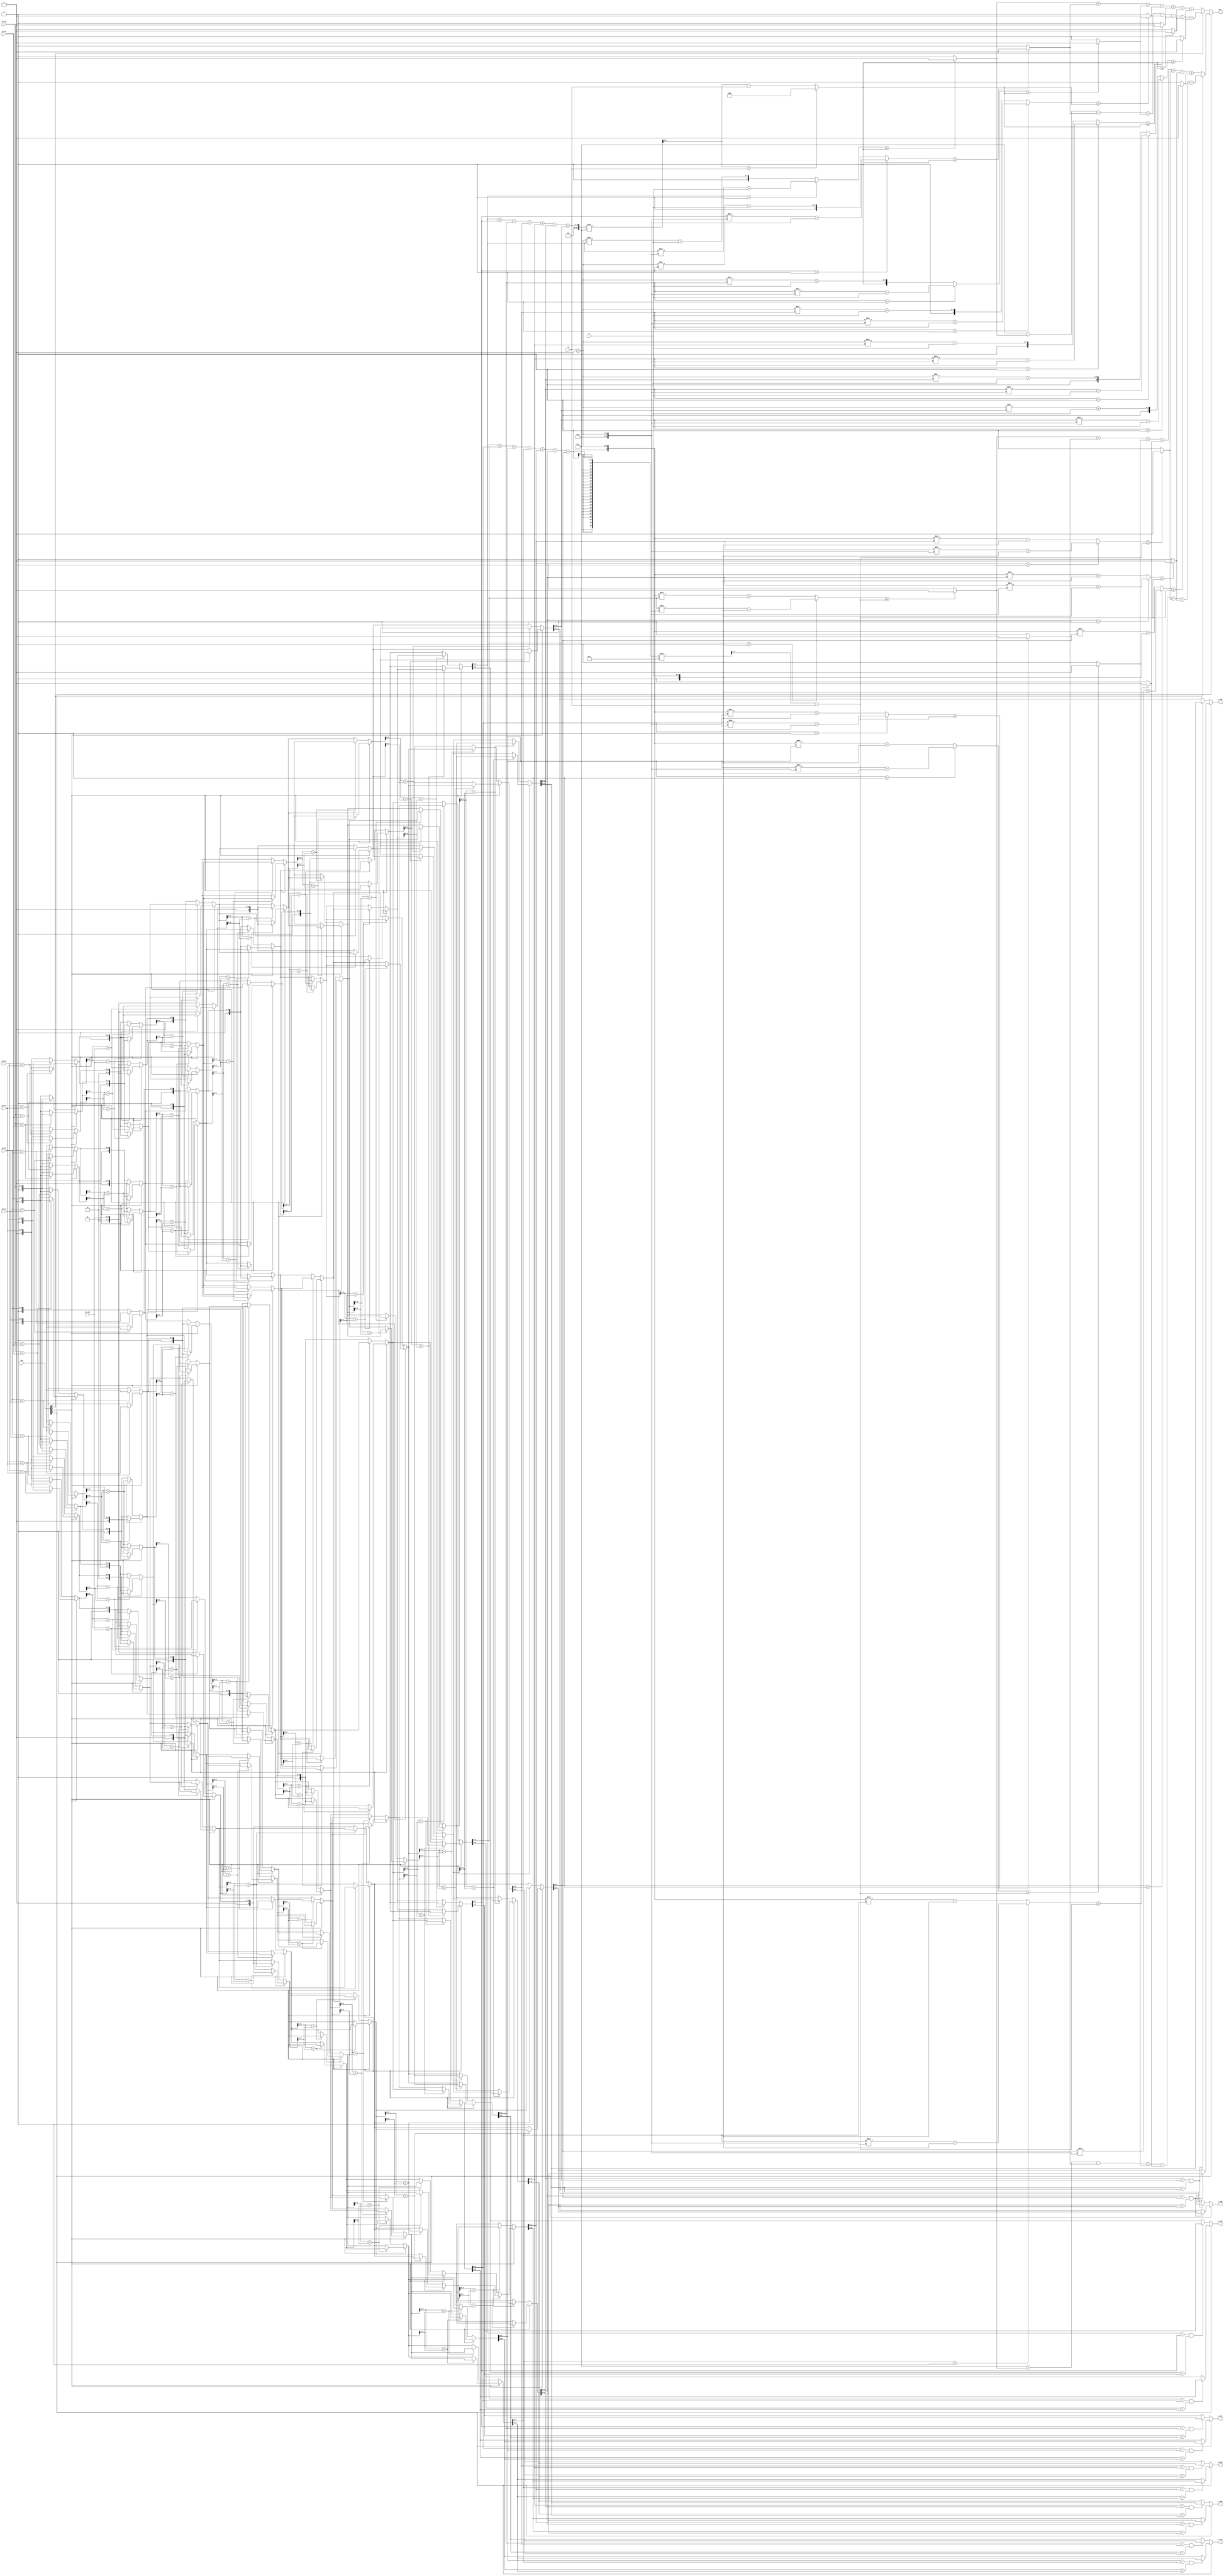
module CC(
  in_s0,
  in_s1,
  in_s2,
  in_s3,
  in_s4,
  in_s5,
  in_s6,
  opt,
  a,
  b,
  s_id0,
  s_id1,
  s_id2,
  s_id3,
  s_id4,
  s_id5,
  s_id6,
  out

);
input [3:0]in_s0;
input [3:0]in_s1;
input [3:0]in_s2;
input [3:0]in_s3;
input [3:0]in_s4;
input [3:0]in_s5;
input [3:0]in_s6;
input [2:0]opt;
input [1:0]a;
input [2:0]b;
output [2:0] s_id0;
output [2:0] s_id1;
output [2:0] s_id2;
output [2:0] s_id3;
output [2:0] s_id4;
output [2:0] s_id5;
output [2:0] s_id6;
output [2:0] out; 
//==================================================================
// reg & wire
//==================================================================
wire signed [6:0] s0,s1,s2,s3,s4,s5,s6;
wire signed [6:0] z0,z1,z2,z3,z4,z5,z6;
wire signed [6:0] y0,y1,y2,y3,y4,y5,y6;
wire signed [6:0] x0,x1,x2,x3,x4,x5,x6;
wire signed [6:0] w0,w1,w2,w3,w4,w5,w6;
wire signed [6:0] v0,v1,v2,v3,v4,v5,v6;
wire signed [6:0] u0,u1,u2,u3,u4,u5,u6;
wire signed [6:0] t0,t1,t2,t3,t4,t5,t6;

wire signed [3:0] c0_s0,c1_s0,c2_s0,c3_s0,c4_s0,c5_s0,c6_s0;
wire signed [3:0] c0_s1,c1_s1,c2_s1,c3_s1,c4_s1,c5_s1,c6_s1;
wire signed [3:0] c0_s2,c1_s2,c2_s2,c3_s2,c4_s2,c5_s2,c6_s2;
wire signed [3:0] c0_s3,c1_s3,c2_s3,c3_s3,c4_s3,c5_s3,c6_s3;
wire signed [3:0] c0_s4,c1_s4,c2_s4,c3_s4,c4_s4,c5_s4,c6_s4;
wire signed [3:0] c0_s5,c1_s5,c2_s5,c3_s5,c4_s5,c5_s5,c6_s5;
wire signed [3:0] c0_s6,c1_s6,c2_s6,c3_s6,c4_s6,c5_s6,c6_s6;
wire signed [3:0] c0_s7,c1_s7,c2_s7,c3_s7,c4_s7,c5_s7,c6_s7;
wire signed [8:0] lt0,lt1,lt2,lt3,lt4,lt5,lt6;

wire  [6:0] u_s0,u_s1,u_s2,u_s3,u_s4,u_s5,u_s6;
wire  [6:0] u_z0,u_z1,u_z2,u_z3,u_z4,u_z5,u_z6;
wire  [6:0] u_y0,u_y1,u_y2,u_y3,u_y4,u_y5,u_y6;
wire  [6:0] u_x0,u_x1,u_x2,u_x3,u_x4,u_x5,u_x6;
wire  [6:0] u_w0,u_w1,u_w2,u_w3,u_w4,u_w5,u_w6;
wire  [6:0] u_v0,u_v1,u_v2,u_v3,u_v4,u_v5,u_v6;
wire  [6:0] u_u0,u_u1,u_u2,u_u3,u_u4,u_u5,u_u6;
wire  [6:0] u_t0,u_t1,u_t2,u_t3,u_t4,u_t5,u_t6;

wire [3:0] c0_us0,c1_us0,c2_us0,c3_us0,c4_us0,c5_us0,c6_us0;
wire [3:0] c0_us1,c1_us1,c2_us1,c3_us1,c4_us1,c5_us1,c6_us1;
wire [3:0] c0_us2,c1_us2,c2_us2,c3_us2,c4_us2,c5_us2,c6_us2;
wire [3:0] c0_us3,c1_us3,c2_us3,c3_us3,c4_us3,c5_us3,c6_us3;
wire [3:0] c0_us4,c1_us4,c2_us4,c3_us4,c4_us4,c5_us4,c6_us4;
wire [3:0] c0_us5,c1_us5,c2_us5,c3_us5,c4_us5,c5_us5,c6_us5;
wire [3:0] c0_us6,c1_us6,c2_us6,c3_us6,c4_us6,c5_us6,c6_us6;
wire [3:0] c0_us7,c1_us7,c2_us7,c3_us7,c4_us7,c5_us7,c6_us7;
wire [8:0] u_lt0,u_lt1,u_lt2,u_lt3,u_lt4,u_lt5,u_lt6;

wire  [5:0] u_avg;
wire  [5:0] u_ps;

wire [6:0] a_u;
wire [4:0] b_u;

wire signed [3:0] neg_0,neg_1,neg_2,neg_3,neg_4,neg_5,neg_6;
wire signed [4:0] avg,ps;

wire signed [6:0] a_s;
wire signed [4:0] b_s;

wire [2:0] u_sid0,u_sid1,u_sid2,u_sid3,u_sid4,u_sid5,u_sid6;
wire [2:0] u_r0,u_r1,u_r2,u_r3,u_r4,u_r5,u_r6;

wire u_pf0,u_pf1,u_pf2,u_pf3,u_pf4,u_pf5,u_pf6;
wire [3:0] u_count;

wire [2:0] sid0,sid1,sid2,sid3,sid4,sid5,sid6;
wire [2:0] r0,r1,r2,r3,r4,r5,r6;

wire pf0,pf1,pf2,pf3,pf4,pf5,pf6;
wire [3:0]count; 

//==================================================================
// design
//==================================================================
assign neg_0 = in_s0; 
assign neg_1 = in_s1; 
assign neg_2 = in_s2; 
assign neg_3 = in_s3; 
assign neg_4 = in_s4; 
assign neg_5 = in_s5; 
assign neg_6 = in_s6; 

assign c0_s0 = (opt[0] && in_s0[3])?(neg_0):(in_s0);
assign c1_s0 = (opt[0] && in_s1[3])?(neg_1):(in_s1);
assign c2_s0 = (opt[0] && in_s2[3])?(neg_2):(in_s2);
assign c3_s0 = (opt[0] && in_s3[3])?(neg_3):(in_s3);
assign c4_s0 = (opt[0] && in_s4[3])?(neg_4):(in_s4);
assign c5_s0 = (opt[0] && in_s5[3])?(neg_5):(in_s5);
assign c6_s0 = (opt[0] && in_s6[3])?(neg_6):(in_s6);

assign s0 = {3'b000,c0_s0};
assign s1 = {3'b001,c1_s0};
assign s2 = {3'b010,c2_s0};
assign s3 = {3'b011,c3_s0};
assign s4 = {3'b100,c4_s0};
assign s5 = {3'b101,c5_s0};
assign s6 = {3'b110,c6_s0};

assign c0_s1 = z0[3:0];
assign c1_s1 = z1[3:0];
assign c2_s1 = z2[3:0];
assign c3_s1 = z3[3:0];
assign c4_s1 = z4[3:0];
assign c5_s1 = z5[3:0];
assign c6_s1 = z6[3:0];

assign c0_s2 = y0[3:0];
assign c1_s2 = y1[3:0];
assign c2_s2 = y2[3:0];
assign c3_s2 = y3[3:0];
assign c4_s2 = y4[3:0];
assign c5_s2 = y5[3:0];
assign c6_s2 = y6[3:0];

assign c0_s3 = x0[3:0];
assign c1_s3 = x1[3:0];
assign c2_s3 = x2[3:0];
assign c3_s3 = x3[3:0];
assign c4_s3 = x4[3:0];
assign c5_s3 = x5[3:0];
assign c6_s3 = x6[3:0];

assign c0_s4 = w0[3:0];
assign c1_s4 = w1[3:0];
assign c2_s4 = w2[3:0];
assign c3_s4 = w3[3:0];
assign c4_s4 = w4[3:0];
assign c5_s4 = w5[3:0];
assign c6_s4 = w6[3:0];

assign c0_s5 = v0[3:0];
assign c1_s5 = v1[3:0];
assign c2_s5 = v2[3:0];
assign c3_s5 = v3[3:0];
assign c4_s5 = v4[3:0];
assign c5_s5 = v5[3:0];
assign c6_s5 = v6[3:0];

assign c0_s6 = u0[3:0];
assign c1_s6 = u1[3:0];
assign c2_s6 = u2[3:0];
assign c3_s6 = u3[3:0];
assign c4_s6 = u4[3:0];
assign c5_s6 = u5[3:0];
assign c6_s6 = u6[3:0];

assign c0_s7 = t0[3:0];
assign c1_s7 = t1[3:0];
assign c2_s7 = t2[3:0];
assign c3_s7 = t3[3:0];
assign c4_s7 = t4[3:0];
assign c5_s7 = t5[3:0];
assign c6_s7 = t6[3:0];

assign sid0 = t0[6:4];
assign sid1 = t1[6:4];
assign sid2 = t2[6:4];
assign sid3 = t3[6:4];
assign sid4 = t4[6:4];
assign sid5 = t5[6:4];
assign sid6 = t6[6:4];

assign r0 = ((c0_s7 == c1_s7)&&(sid0 > sid1))?(sid1):(sid0);
assign r1 = ((c1_s7 == c2_s7)&&(sid1 > sid2))?(sid2):(sid1);
assign r2 = ((c2_s7 == c3_s7)&&(sid2 > sid3))?(sid3):(sid2);
assign r3 = ((c3_s7 == c4_s7)&&(sid3 > sid4))?(sid4):(sid3);
assign r4 = ((c4_s7 == c5_s7)&&(sid4 > sid5))?(sid5):(sid4);
assign r5 = ((c5_s7 == c6_s7)&&(sid5 > sid6))?(sid6):(sid5);
assign r6 = ((c5_s7 == c6_s7)&&(sid5 > sid6))?(sid5):(sid6);

assign avg = (c0_s7 + c1_s7 + c2_s7 + c3_s7 + c4_s7 + c5_s7 + c6_s7) / 7;
assign ps = avg - a;

assign a_s = a + 1;
assign b_s = b;

assign lt0 = (c0_s7 < 0)?((c0_s7/a_s)+b_s):((a_s*c0_s7)+b_s);
assign lt1 = (c1_s7 < 0)?((c1_s7/a_s)+b_s):((a_s*c1_s7)+b_s);
assign lt2 = (c2_s7 < 0)?((c2_s7/a_s)+b_s):((a_s*c2_s7)+b_s);
assign lt3 = (c3_s7 < 0)?((c3_s7/a_s)+b_s):((a_s*c3_s7)+b_s);
assign lt4 = (c4_s7 < 0)?((c4_s7/a_s)+b_s):((a_s*c4_s7)+b_s);
assign lt5 = (c5_s7 < 0)?((c5_s7/a_s)+b_s):((a_s*c5_s7)+b_s);
assign lt6 = (c6_s7 < 0)?((c6_s7/a_s)+b_s):((a_s*c6_s7)+b_s);

assign pf0 = (lt0 >= ps)?1:0;
assign pf1 = (lt1 >= ps)?1:0;
assign pf2 = (lt2 >= ps)?1:0;
assign pf3 = (lt3 >= ps)?1:0;
assign pf4 = (lt4 >= ps)?1:0;
assign pf5 = (lt5 >= ps)?1:0;
assign pf6 = (lt6 >= ps)?1:0;

assign count = (opt[2]== 0) ? (pf0 + pf1 + pf2 + pf3 + pf4 + pf5 + pf6):(7 - pf0 - pf1 - pf2 - pf3 - pf4 - pf5 - pf6); 


assign z0 = (opt[1] == 0) ? ((c0_s0 > c1_s0) ? s1 : s0 ): ((c0_s0 < c1_s0) ? s1 : s0 );
assign z1 = (opt[1] == 0) ? ((c0_s0 > c1_s0) ? s0 : s1 ): ((c0_s0 < c1_s0) ? s0 : s1 );
assign z2 = (opt[1] == 0) ? ((c2_s0 > c3_s0) ? s3 : s2 ): ((c2_s0 < c3_s0) ? s3 : s2 );
assign z3 = (opt[1] == 0) ? ((c2_s0 > c3_s0) ? s2 : s3 ): ((c2_s0 < c3_s0) ? s2 : s3 );
assign z4 = (opt[1] == 0) ? ((c4_s0 > c5_s0) ? s5 : s4 ): ((c4_s0 < c5_s0) ? s5 : s4 );
assign z5 = (opt[1] == 0) ? ((c4_s0 > c5_s0) ? s4 : s5 ): ((c4_s0 < c5_s0) ? s4 : s5 );
assign z6 = s6;

assign y0 = z0;
assign y1 = (opt[1] == 0) ? ((c1_s1 > c2_s1) ? z2 : z1 ): ((c1_s1 < c2_s1) ? z2 : z1 );
assign y2 = (opt[1] == 0) ? ((c1_s1 > c2_s1) ? z1 : z2 ): ((c1_s1 < c2_s1) ? z1 : z2 );
assign y3 = (opt[1] == 0) ? ((c3_s1 > c4_s1) ? z4 : z3 ): ((c3_s1 < c4_s1) ? z4 : z3 );
assign y4 = (opt[1] == 0) ? ((c3_s1 > c4_s1) ? z3 : z4 ): ((c3_s1 < c4_s1) ? z3 : z4 );
assign y5 = (opt[1] == 0) ? ((c5_s1 > c6_s1) ? z6 : z5 ): ((c5_s1 < c6_s1) ? z6 : z5 );
assign y6 = (opt[1] == 0) ? ((c5_s1 > c6_s1) ? z5 : z6 ): ((c5_s1 < c6_s1) ? z5 : z6 );

assign x0 = (opt[1] == 0) ? ((c0_s2 > c1_s2) ? y1 : y0 ): ((c0_s2 < c1_s2) ? y1 : y0 );
assign x1 = (opt[1] == 0) ? ((c0_s2 > c1_s2) ? y0 : y1 ): ((c0_s2 < c1_s2) ? y0 : y1 );
assign x2 = (opt[1] == 0) ? ((c2_s2 > c3_s2) ? y3 : y2 ): ((c2_s2 < c3_s2) ? y3 : y2 );
assign x3 = (opt[1] == 0) ? ((c2_s2 > c3_s2) ? y2 : y3 ): ((c2_s2 < c3_s2) ? y2 : y3 );
assign x4 = (opt[1] == 0) ? ((c4_s2 > c5_s2) ? y5 : y4 ): ((c4_s2 < c5_s2) ? y5 : y4 );
assign x5 = (opt[1] == 0) ? ((c4_s2 > c5_s2) ? y4 : y5 ): ((c4_s2 < c5_s2) ? y4 : y5 );
assign x6 = y6;

assign w0 = x0;
assign w1 = (opt[1] == 0) ? ((c1_s3 > c2_s3) ? x2 : x1 ): ((c1_s3 < c2_s3) ? x2 : x1 );
assign w2 = (opt[1] == 0) ? ((c1_s3 > c2_s3) ? x1 : x2 ): ((c1_s3 < c2_s3) ? x1 : x2 );
assign w3 = (opt[1] == 0) ? ((c3_s3 > c4_s3) ? x4 : x3 ): ((c3_s3 < c4_s3) ? x4 : x3 );
assign w4 = (opt[1] == 0) ? ((c3_s3 > c4_s3) ? x3 : x4 ): ((c3_s3 < c4_s3) ? x3 : x4 );
assign w5 = (opt[1] == 0) ? ((c5_s3 > c6_s3) ? x6 : x5 ): ((c5_s3 < c6_s3) ? x6 : x5 );
assign w6 = (opt[1] == 0) ? ((c5_s3 > c6_s3) ? x5 : x6 ): ((c5_s3 < c6_s3) ? x5 : x6 );

assign v0 = (opt[1] == 0) ? ((c0_s4 > c1_s4) ? w1 : w0 ): ((c0_s4 < c1_s4) ? w1 : w0 );
assign v1 = (opt[1] == 0) ? ((c0_s4 > c1_s4) ? w0 : w1 ): ((c0_s4 < c1_s4) ? w0 : w1 );
assign v2 = (opt[1] == 0) ? ((c2_s4 > c3_s4) ? w3 : w2 ): ((c2_s4 < c3_s4) ? w3 : w2 );
assign v3 = (opt[1] == 0) ? ((c2_s4 > c3_s4) ? w2 : w3 ): ((c2_s4 < c3_s4) ? w2 : w3 );
assign v4 = (opt[1] == 0) ? ((c4_s4 > c5_s4) ? w5 : w4 ): ((c4_s4 < c5_s4) ? w5 : w4 );
assign v5 = (opt[1] == 0) ? ((c4_s4 > c5_s4) ? w4 : w5 ): ((c4_s4 < c5_s4) ? w4 : w5 );
assign v6 = w6;

assign u0 = v0;
assign u1 = (opt[1] == 0) ? ((c1_s5 > c2_s5) ? v2 : v1 ): ((c1_s5 < c2_s5) ? v2 : v1 );
assign u2 = (opt[1] == 0) ? ((c1_s5 > c2_s5) ? v1 : v2 ): ((c1_s5 < c2_s5) ? v1 : v2 );
assign u3 = (opt[1] == 0) ? ((c3_s5 > c4_s5) ? v4 : v3 ): ((c3_s5 < c4_s5) ? v4 : v3 );
assign u4 = (opt[1] == 0) ? ((c3_s5 > c4_s5) ? v3 : v4 ): ((c3_s5 < c4_s5) ? v3 : v4 );
assign u5 = (opt[1] == 0) ? ((c5_s5 > c6_s5) ? v6 : v5 ): ((c5_s5 < c6_s5) ? v6 : v5 );
assign u6 = (opt[1] == 0) ? ((c5_s5 > c6_s5) ? v5 : v6 ): ((c5_s5 < c6_s5) ? v5 : v6 );

assign t0 = (opt[1] == 0) ? ((c0_s6 > c1_s6) ? u1 : u0 ): ((c0_s6 < c1_s6) ? u1 : u0 );
assign t1 = (opt[1] == 0) ? ((c0_s6 > c1_s6) ? u0 : u1 ): ((c0_s6 < c1_s6) ? u0 : u1 );
assign t2 = (opt[1] == 0) ? ((c2_s6 > c3_s6) ? u3 : u2 ): ((c2_s6 < c3_s6) ? u3 : u2 );
assign t3 = (opt[1] == 0) ? ((c2_s6 > c3_s6) ? u2 : u3 ): ((c2_s6 < c3_s6) ? u2 : u3 );
assign t4 = (opt[1] == 0) ? ((c4_s6 > c5_s6) ? u5 : u4 ): ((c4_s6 < c5_s6) ? u5 : u4 );
assign t5 = (opt[1] == 0) ? ((c4_s6 > c5_s6) ? u4 : u5 ): ((c4_s6 < c5_s6) ? u4 : u5 );
assign t6 = u6;


assign c0_us0 = in_s0;
assign c1_us0 = in_s1;
assign c2_us0 = in_s2;
assign c3_us0 = in_s3;
assign c4_us0 = in_s4;
assign c5_us0 = in_s5;
assign c6_us0 = in_s6;

assign u_s0 = {3'b000,c0_us0};
assign u_s1 = {3'b001,c1_us0};
assign u_s2 = {3'b010,c2_us0};
assign u_s3 = {3'b011,c3_us0};
assign u_s4 = {3'b100,c4_us0};
assign u_s5 = {3'b101,c5_us0};
assign u_s6 = {3'b110,c6_us0};

assign c0_us1 = u_z0[3:0];
assign c1_us1 = u_z1[3:0];
assign c2_us1 = u_z2[3:0];
assign c3_us1 = u_z3[3:0];
assign c4_us1 = u_z4[3:0];
assign c5_us1 = u_z5[3:0];
assign c6_us1 = u_z6[3:0];

assign c0_us2 = u_y0[3:0];
assign c1_us2 = u_y1[3:0];
assign c2_us2 = u_y2[3:0];
assign c3_us2 = u_y3[3:0];
assign c4_us2 = u_y4[3:0];
assign c5_us2 = u_y5[3:0];
assign c6_us2 = u_y6[3:0];

assign c0_us3 = u_x0[3:0];
assign c1_us3 = u_x1[3:0];
assign c2_us3 = u_x2[3:0];
assign c3_us3 = u_x3[3:0];
assign c4_us3 = u_x4[3:0];
assign c5_us3 = u_x5[3:0];
assign c6_us3 = u_x6[3:0];

assign c0_us4 = u_w0[3:0];
assign c1_us4 = u_w1[3:0];
assign c2_us4 = u_w2[3:0];
assign c3_us4 = u_w3[3:0];
assign c4_us4 = u_w4[3:0];
assign c5_us4 = u_w5[3:0];
assign c6_us4 = u_w6[3:0];

assign c0_us5 = u_v0[3:0];
assign c1_us5 = u_v1[3:0];
assign c2_us5 = u_v2[3:0];
assign c3_us5 = u_v3[3:0];
assign c4_us5 = u_v4[3:0];
assign c5_us5 = u_v5[3:0];
assign c6_us5 = u_v6[3:0];

assign c0_us6 = u_u0[3:0];
assign c1_us6 = u_u1[3:0];
assign c2_us6 = u_u2[3:0];
assign c3_us6 = u_u3[3:0];
assign c4_us6 = u_u4[3:0];
assign c5_us6 = u_u5[3:0];
assign c6_us6 = u_u6[3:0];

assign c0_us7 = u_t0[3:0];
assign c1_us7 = u_t1[3:0];
assign c2_us7 = u_t2[3:0];
assign c3_us7 = u_t3[3:0];
assign c4_us7 = u_t4[3:0];
assign c5_us7 = u_t5[3:0];
assign c6_us7 = u_t6[3:0];

assign u_sid0 = u_t0[6:4];
assign u_sid1 = u_t1[6:4];
assign u_sid2 = u_t2[6:4];
assign u_sid3 = u_t3[6:4];
assign u_sid4 = u_t4[6:4];
assign u_sid5 = u_t5[6:4];
assign u_sid6 = u_t6[6:4];

assign u_z0 = (opt[1] == 0) ? ((c0_us0 > c1_us0) ? u_s1 : u_s0 ): ((c0_us0 < c1_us0) ? u_s1 : u_s0 );
assign u_z1 = (opt[1] == 0) ? ((c0_us0 > c1_us0) ? u_s0 : u_s1 ): ((c0_us0 < c1_us0) ? u_s0 : u_s1 );
assign u_z2 = (opt[1] == 0) ? ((c2_us0 > c3_us0) ? u_s3 : u_s2 ): ((c2_us0 < c3_us0) ? u_s3 : u_s2 );
assign u_z3 = (opt[1] == 0) ? ((c2_us0 > c3_us0) ? u_s2 : u_s3 ): ((c2_us0 < c3_us0) ? u_s2 : u_s3 );
assign u_z4 = (opt[1] == 0) ? ((c4_us0 > c5_us0) ? u_s5 : u_s4 ): ((c4_us0 < c5_us0) ? u_s5 : u_s4 );
assign u_z5 = (opt[1] == 0) ? ((c4_us0 > c5_us0) ? u_s4 : u_s5 ): ((c4_us0 < c5_us0) ? u_s4 : u_s5 );
assign u_z6 = u_s6;

assign u_y0 = u_z0;
assign u_y1 = (opt[1] == 0) ? ((c1_us1 > c2_us1) ? u_z2 : u_z1 ): ((c1_us1 < c2_us1) ? u_z2 : u_z1 );
assign u_y2 = (opt[1] == 0) ? ((c1_us1 > c2_us1) ? u_z1 : u_z2 ): ((c1_us1 < c2_us1) ? u_z1 : u_z2 );
assign u_y3 = (opt[1] == 0) ? ((c3_us1 > c4_us1) ? u_z4 : u_z3 ): ((c3_us1 < c4_us1) ? u_z4 : u_z3 );
assign u_y4 = (opt[1] == 0) ? ((c3_us1 > c4_us1) ? u_z3 : u_z4 ): ((c3_us1 < c4_us1) ? u_z3 : u_z4 );
assign u_y5 = (opt[1] == 0) ? ((c5_us1 > c6_us1) ? u_z6 : u_z5 ): ((c5_us1 < c6_us1) ? u_z6 : u_z5 );
assign u_y6 = (opt[1] == 0) ? ((c5_us1 > c6_us1) ? u_z5 : u_z6 ): ((c5_us1 < c6_us1) ? u_z5 : u_z6 );

assign u_x0 = (opt[1] == 0) ? ((c0_us2 > c1_us2) ? u_y1 : u_y0 ): ((c0_us2 < c1_us2) ? u_y1 : u_y0 );
assign u_x1 = (opt[1] == 0) ? ((c0_us2 > c1_us2) ? u_y0 : u_y1 ): ((c0_us2 < c1_us2) ? u_y0 : u_y1 );
assign u_x2 = (opt[1] == 0) ? ((c2_us2 > c3_us2) ? u_y3 : u_y2 ): ((c2_us2 < c3_us2) ? u_y3 : u_y2 );
assign u_x3 = (opt[1] == 0) ? ((c2_us2 > c3_us2) ? u_y2 : u_y3 ): ((c2_us2 < c3_us2) ? u_y2 : u_y3 );
assign u_x4 = (opt[1] == 0) ? ((c4_us2 > c5_us2) ? u_y5 : u_y4 ): ((c4_us2 < c5_us2) ? u_y5 : u_y4 );
assign u_x5 = (opt[1] == 0) ? ((c4_us2 > c5_us2) ? u_y4 : u_y5 ): ((c4_us2 < c5_us2) ? u_y4 : u_y5 );
assign u_x6 = u_y6;

assign u_w0 = u_x0;
assign u_w1 = (opt[1] == 0) ? ((c1_us3 > c2_us3) ? u_x2 : u_x1 ): ((c1_us3 < c2_us3) ? u_x2 : u_x1 );
assign u_w2 = (opt[1] == 0) ? ((c1_us3 > c2_us3) ? u_x1 : u_x2 ): ((c1_us3 < c2_us3) ? u_x1 : u_x2 );
assign u_w3 = (opt[1] == 0) ? ((c3_us3 > c4_us3) ? u_x4 : u_x3 ): ((c3_us3 < c4_us3) ? u_x4 : u_x3 );
assign u_w4 = (opt[1] == 0) ? ((c3_us3 > c4_us3) ? u_x3 : u_x4 ): ((c3_us3 < c4_us3) ? u_x3 : u_x4 );
assign u_w5 = (opt[1] == 0) ? ((c5_us3 > c6_us3) ? u_x6 : u_x5 ): ((c5_us3 < c6_us3) ? u_x6 : u_x5 );
assign u_w6 = (opt[1] == 0) ? ((c5_us3 > c6_us3) ? u_x5 : u_x6 ): ((c5_us3 < c6_us3) ? u_x5 : u_x6 );

assign u_v0 = (opt[1] == 0) ? ((c0_us4 > c1_us4) ? u_w1 : u_w0 ): ((c0_us4 < c1_us4) ? u_w1 : u_w0 );
assign u_v1 = (opt[1] == 0) ? ((c0_us4 > c1_us4) ? u_w0 : u_w1 ): ((c0_us4 < c1_us4) ? u_w0 : u_w1 );
assign u_v2 = (opt[1] == 0) ? ((c2_us4 > c3_us4) ? u_w3 : u_w2 ): ((c2_us4 < c3_us4) ? u_w3 : u_w2 );
assign u_v3 = (opt[1] == 0) ? ((c2_us4 > c3_us4) ? u_w2 : u_w3 ): ((c2_us4 < c3_us4) ? u_w2 : u_w3 );
assign u_v4 = (opt[1] == 0) ? ((c4_us4 > c5_us4) ? u_w5 : u_w4 ): ((c4_us4 < c5_us4) ? u_w5 : u_w4 );
assign u_v5 = (opt[1] == 0) ? ((c4_us4 > c5_us4) ? u_w4 : u_w5 ): ((c4_us4 < c5_us4) ? u_w4 : u_w5 );
assign u_v6 = u_w6;

assign u_u0 = u_v0;
assign u_u1 = (opt[1] == 0) ? ((c1_us5 > c2_us5) ? u_v2 : u_v1 ): ((c1_us5 < c2_us5) ? u_v2 : u_v1 );
assign u_u2 = (opt[1] == 0) ? ((c1_us5 > c2_us5) ? u_v1 : u_v2 ): ((c1_us5 < c2_us5) ? u_v1 : u_v2 );
assign u_u3 = (opt[1] == 0) ? ((c3_us5 > c4_us5) ? u_v4 : u_v3 ): ((c3_us5 < c4_us5) ? u_v4 : u_v3 );
assign u_u4 = (opt[1] == 0) ? ((c3_us5 > c4_us5) ? u_v3 : u_v4 ): ((c3_us5 < c4_us5) ? u_v3 : u_v4 );
assign u_u5 = (opt[1] == 0) ? ((c5_us5 > c6_us5) ? u_v6 : u_v5 ): ((c5_us5 < c6_us5) ? u_v6 : u_v5 );
assign u_u6 = (opt[1] == 0) ? ((c5_us5 > c6_us5) ? u_v5 : u_v6 ): ((c5_us5 < c6_us5) ? u_v5 : u_v6 );

assign u_t0 = (opt[1] == 0) ? ((c0_us6 > c1_us6) ? u_u1 : u_u0 ): ((c0_us6 < c1_us6) ? u_u1 : u_u0 );
assign u_t1 = (opt[1] == 0) ? ((c0_us6 > c1_us6) ? u_u0 : u_u1 ): ((c0_us6 < c1_us6) ? u_u0 : u_u1 );
assign u_t2 = (opt[1] == 0) ? ((c2_us6 > c3_us6) ? u_u3 : u_u2 ): ((c2_us6 < c3_us6) ? u_u3 : u_u2 );
assign u_t3 = (opt[1] == 0) ? ((c2_us6 > c3_us6) ? u_u2 : u_u3 ): ((c2_us6 < c3_us6) ? u_u2 : u_u3 );
assign u_t4 = (opt[1] == 0) ? ((c4_us6 > c5_us6) ? u_u5 : u_u4 ): ((c4_us6 < c5_us6) ? u_u5 : u_u4 );
assign u_t5 = (opt[1] == 0) ? ((c4_us6 > c5_us6) ? u_u4 : u_u5 ): ((c4_us6 < c5_us6) ? u_u4 : u_u5 );
assign u_t6 = u_u6;

assign u_r0 = ((c0_us7 == c1_us7)&&(u_sid0 > u_sid1))?(u_sid1):(u_sid0);
assign u_r1 = ((c1_us7 == c2_us7)&&(u_sid1 > u_sid2))?(u_sid2):(u_sid1);
assign u_r2 = ((c2_us7 == c3_us7)&&(u_sid2 > u_sid3))?(u_sid3):(u_sid2);
assign u_r3 = ((c3_us7 == c4_us7)&&(u_sid3 > u_sid4))?(u_sid4):(u_sid3);
assign u_r4 = ((c4_us7 == c5_us7)&&(u_sid4 > u_sid5))?(u_sid5):(u_sid4);
assign u_r5 = ((c5_us7 == c6_us7)&&(u_sid5 > u_sid6))?(u_sid6):(u_sid5);
assign u_r6 = ((c5_us7 == c6_us7)&&(u_sid5 > u_sid6))?(u_sid5):(u_sid6);

assign u_avg = (c0_us7 + c1_us7 + c2_us7 + c3_us7 + c4_us7 + c5_us7 + c6_us7) / 7;
assign u_ps = (u_avg < a)?(0):(u_avg - a);

assign a_u = a + 1;
assign b_u = b;

assign u_lt0 = (c0_us7 < 0)?((c0_us7/a_u)+b_u):((a_u*c0_us7)+b_u);
assign u_lt1 = (c1_us7 < 0)?((c1_us7/a_u)+b_u):((a_u*c1_us7)+b_u);
assign u_lt2 = (c2_us7 < 0)?((c2_us7/a_u)+b_u):((a_u*c2_us7)+b_u);
assign u_lt3 = (c3_us7 < 0)?((c3_us7/a_u)+b_u):((a_u*c3_us7)+b_u);
assign u_lt4 = (c4_us7 < 0)?((c4_us7/a_u)+b_u):((a_u*c4_us7)+b_u);
assign u_lt5 = (c5_us7 < 0)?((c5_us7/a_u)+b_u):((a_u*c5_us7)+b_u);
assign u_lt6 = (c6_us7 < 0)?((c6_us7/a_u)+b_u):((a_u*c6_us7)+b_u);

assign u_pf0 = (u_lt0 >= u_ps)?1:0;
assign u_pf1 = (u_lt1 >= u_ps)?1:0;
assign u_pf2 = (u_lt2 >= u_ps)?1:0;
assign u_pf3 = (u_lt3 >= u_ps)?1:0;
assign u_pf4 = (u_lt4 >= u_ps)?1:0;
assign u_pf5 = (u_lt5 >= u_ps)?1:0;
assign u_pf6 = (u_lt6 >= u_ps)?1:0;

assign u_count = (opt[2]== 0)?(u_pf0 + u_pf1 + u_pf2 + u_pf3 + u_pf4 + u_pf5 + u_pf6):(7 - u_pf0 - u_pf1 - u_pf2 - u_pf3 - u_pf4 - u_pf5 - u_pf6);


assign out = (opt[0] == 1) ? ( count ):( u_count );

assign s_id0 = (opt[0] == 1)? r0 : u_r0;
assign s_id1 = (opt[0] == 1)? r1 : u_r1;
assign s_id2 = (opt[0] == 1)? r2 : u_r2;
assign s_id3 = (opt[0] == 1)? r3 : u_r3;
assign s_id4 = (opt[0] == 1)? r4 : u_r4;
assign s_id5 = (opt[0] == 1)? r5 : u_r5;
assign s_id6 = (opt[0] == 1)? r6 : u_r6;

endmodule